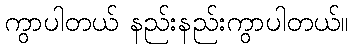
ကွာပါတယ် နည်းနည်းကွာပါတယ်။